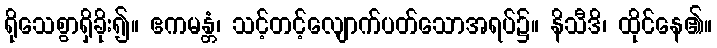
ရိုသေစွာရှိခိုး၍။ ဧကမန္တံ၊ သင့်တင့်လျောက်ပတ်သောအရပ်၌။ နိသီဒိ၊ ထိုင်နေ၏။